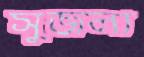
সুজলা